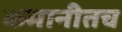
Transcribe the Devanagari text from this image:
कमानीतच